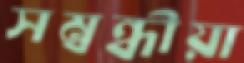
সম্বন্ধীয়া